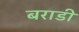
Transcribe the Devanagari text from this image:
बराडी